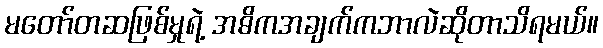
မတော်တဆဖြစ်မှုရဲ့ အဓိကအချက်ကဘာလဲဆိုတာသိရမယ်။